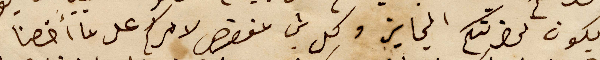
يكون لحضرتكم الجايز وكل شي مفقط لامركم على ما أخصنا